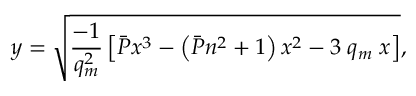
y = \sqrt { \frac { - 1 } { q _ { m } ^ { 2 } } \left[ \Bar { P } x ^ { 3 } - \left( \Bar { P } n ^ { 2 } + 1 \right) x ^ { 2 } - 3 \; q _ { m } \; x \right] } ,